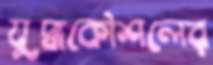
যুদ্ধকৌশলের